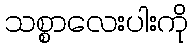
သစ္စာလေးပါးကို